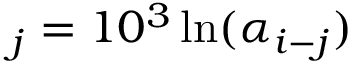
_ j = 1 0 ^ { 3 } \ln ( \alpha _ { i - j } )